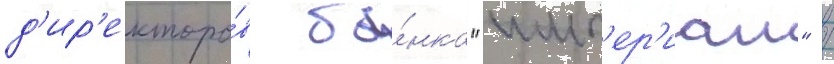
д'ир'екторо́в ба́нка "имп'ер'иал" /